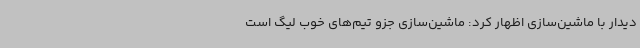
دیدار با ماشین‌سازی اظهار کرد: ماشین‌سازی جزو تیم‌های خوب لیگ است